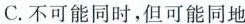
C.不可能同时，但可能同地